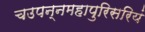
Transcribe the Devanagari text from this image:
चउपन्नमहापुरिसरियं